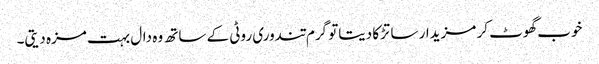
خوب گھوٹ کر مزیدار سا تڑکا دیتاتو گرم تندوری روٹی کے ساتھ وہ دال بہت مزہ دیتی۔